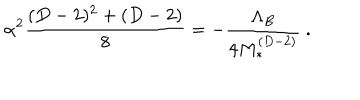
\alpha ^ { 2 } \frac { ( D - 2 ) ^ { 2 } + ( D - 2 ) } { 8 } = - \frac { \Lambda _ { B } } { 4 M _ { * } ^ { ( D - 2 ) } } \ .